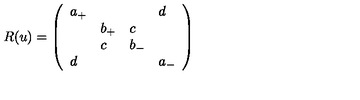
R ( u ) = \left( \begin{array} { l l l l } { a _ { + } } & { } & { } & { d } \\ { } & { b _ { + } } & { c } & { } \\ { } & { c } & { b _ { - } } & { } \\ { d } & { } & { } & { a _ { - } } \\ \end{array} \right)